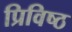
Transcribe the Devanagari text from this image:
प्रिविष्ठ